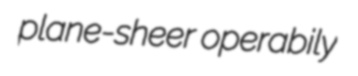
plane-sheer operabily